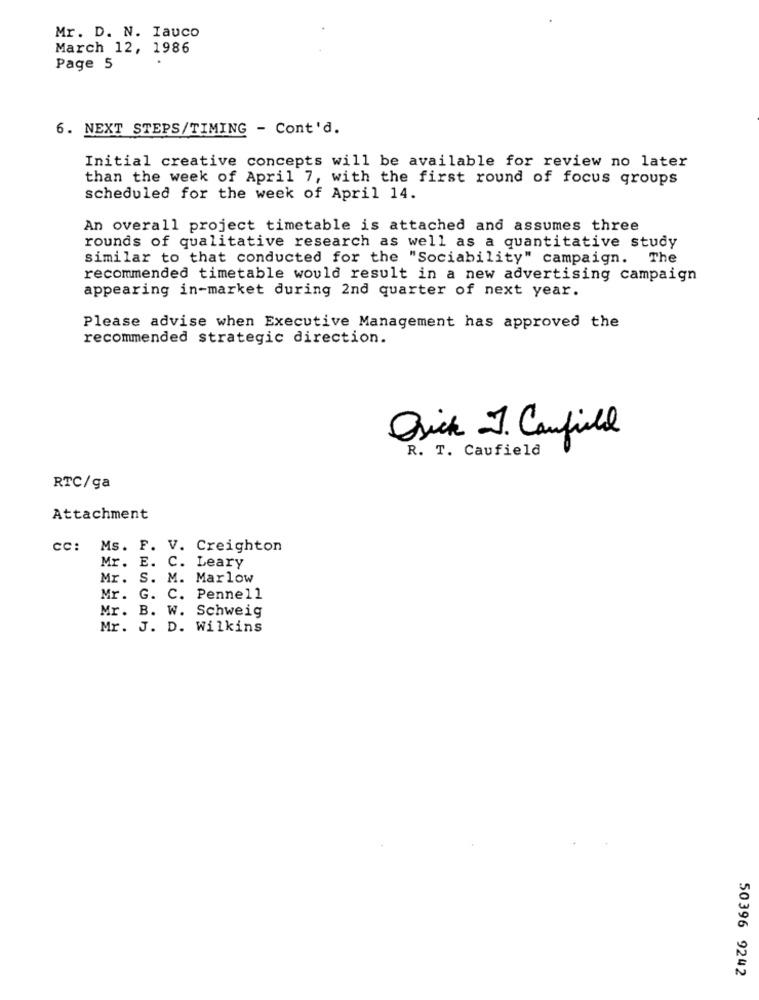
Mr. D. N. Iauco
March 12, 1986
Page 5
6. NEXT STEPS/TIMING - Cont'd.
Initial creative concepts will be available for review no later
than the week of April 7, with the first round of focus groups
scheduled for the week of April 14.
An overall project timetable is attached and assumes three
rounds of qualitative research as well as a quantitative study
similar to that conducted for the "Sociability" campaign. The
recommended timetable would result in a new advertising campaign
appearing in-market during 2nd quarter of next year.
Please advise when Executive Management has approved the
recommended strategic direction.
Drick J. Canfield
R. T. Caufield
RTC/ga
Attachment
CC: Ms. F. V. Creighton
Mr. E. C. Leary
Mr. S. M. Marlow
Mr. G. C. Pennell
Mr. B. W. Schweig
Mr. J. D. Wilkins
50396 9242